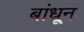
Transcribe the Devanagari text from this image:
बांधू्न